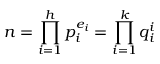
n = \prod _ { i = 1 } ^ { h } p _ { i } ^ { e _ { i } } = \prod _ { i = 1 } ^ { k } q _ { i } ^ { i }